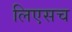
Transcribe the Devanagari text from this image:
लिएसच